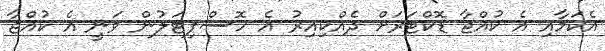
އެކަމާއި އެ ކުއްޖާ ޑޮކްޓަަރަށް ދެއްކިއިރު އެ ހޮސްޕިޓަލުން ވަނީ އެ ކުއްޖާ